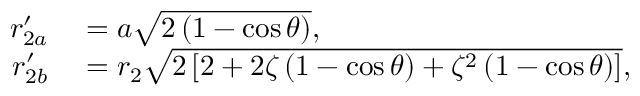
\begin{array} { r l } { r _ { 2 a } ^ { \prime } } & { { } = a \sqrt { 2 \left( 1 - \cos \theta \right) } , } \\ { r _ { 2 b } ^ { \prime } } & { { } = r _ { 2 } \sqrt { 2 \left[ 2 + 2 \zeta \left( 1 - \cos \theta \right) + \zeta ^ { 2 } \left( 1 - \cos \theta \right) \right] } , } \end{array}